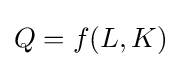
{\displaystyle Q=f(L,K)}